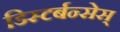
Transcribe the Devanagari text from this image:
डिस्टर्बन्सेस्